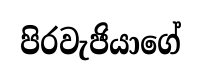
පිරවැජියාගේ